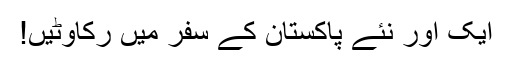
ایک اور نئے پاکستان کے سفر میں رکاوٹیں!